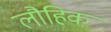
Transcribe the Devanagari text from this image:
लौहिक